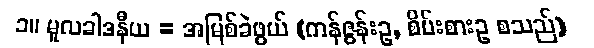
၁။ မူလခါဒနီယ = အမြစ်ခဲဖွယ် (ကန်ဇွန်းဥ, စိမ်းစားဥ စသည်)